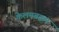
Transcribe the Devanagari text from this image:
केलमबक्कम